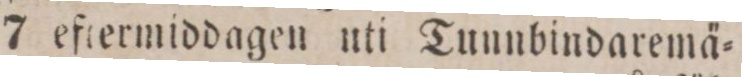
7 eftermiddagen uti Tunnbindaremä=